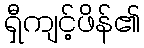
ရှီကျင့်ဖိန်၏